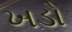
ખડો